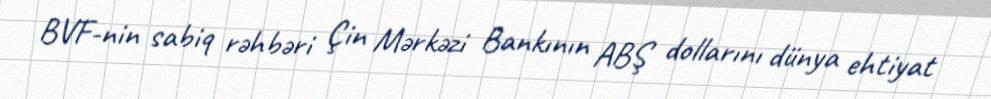
BVF-nin sabiq rəhbəri Çin Mərkəzi Bankının ABŞ dollarını dünya ehtiyat